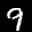
Label: 9